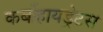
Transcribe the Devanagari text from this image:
कर्बोहायड्रेटस